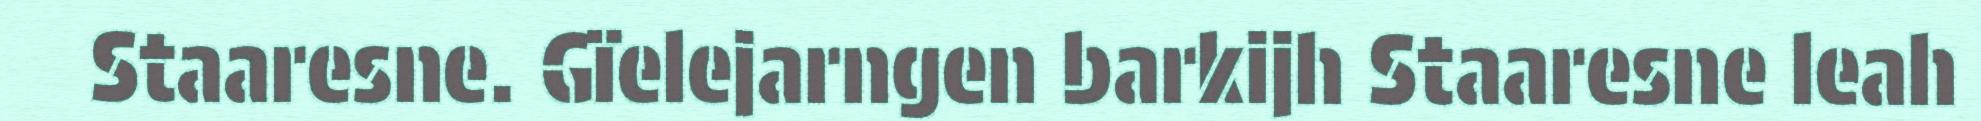
Staaresne. Gïelejarngen barkijh Staaresne leah